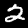
Digit: 2